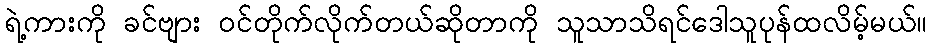
ရဲ့ကားကို ခင်ဗျား ဝင်တိုက်လိုက်တယ်ဆိုတာကို သူသာသိရင်ဒေါသူပုန်ထလိမ့်မယ်။